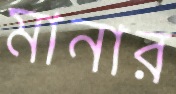
মানার